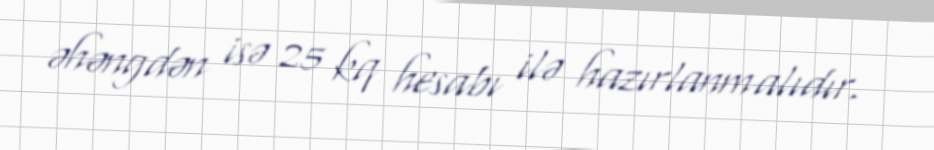
əhəngdən isə 25 kq hesabı ilə hazırlanmalıdır.